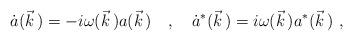
LaTeX: \begin{align*}\dot{a}(\vec{k}\,)=-i\omega(\vec{k}\,)a(\vec{k}\,)\ \ \ ,\ \ \ \dot{a}^*(\vec{k}\,)=i\omega(\vec{k}\,)a^*(\vec{k}\,)\ ,\end{align*}